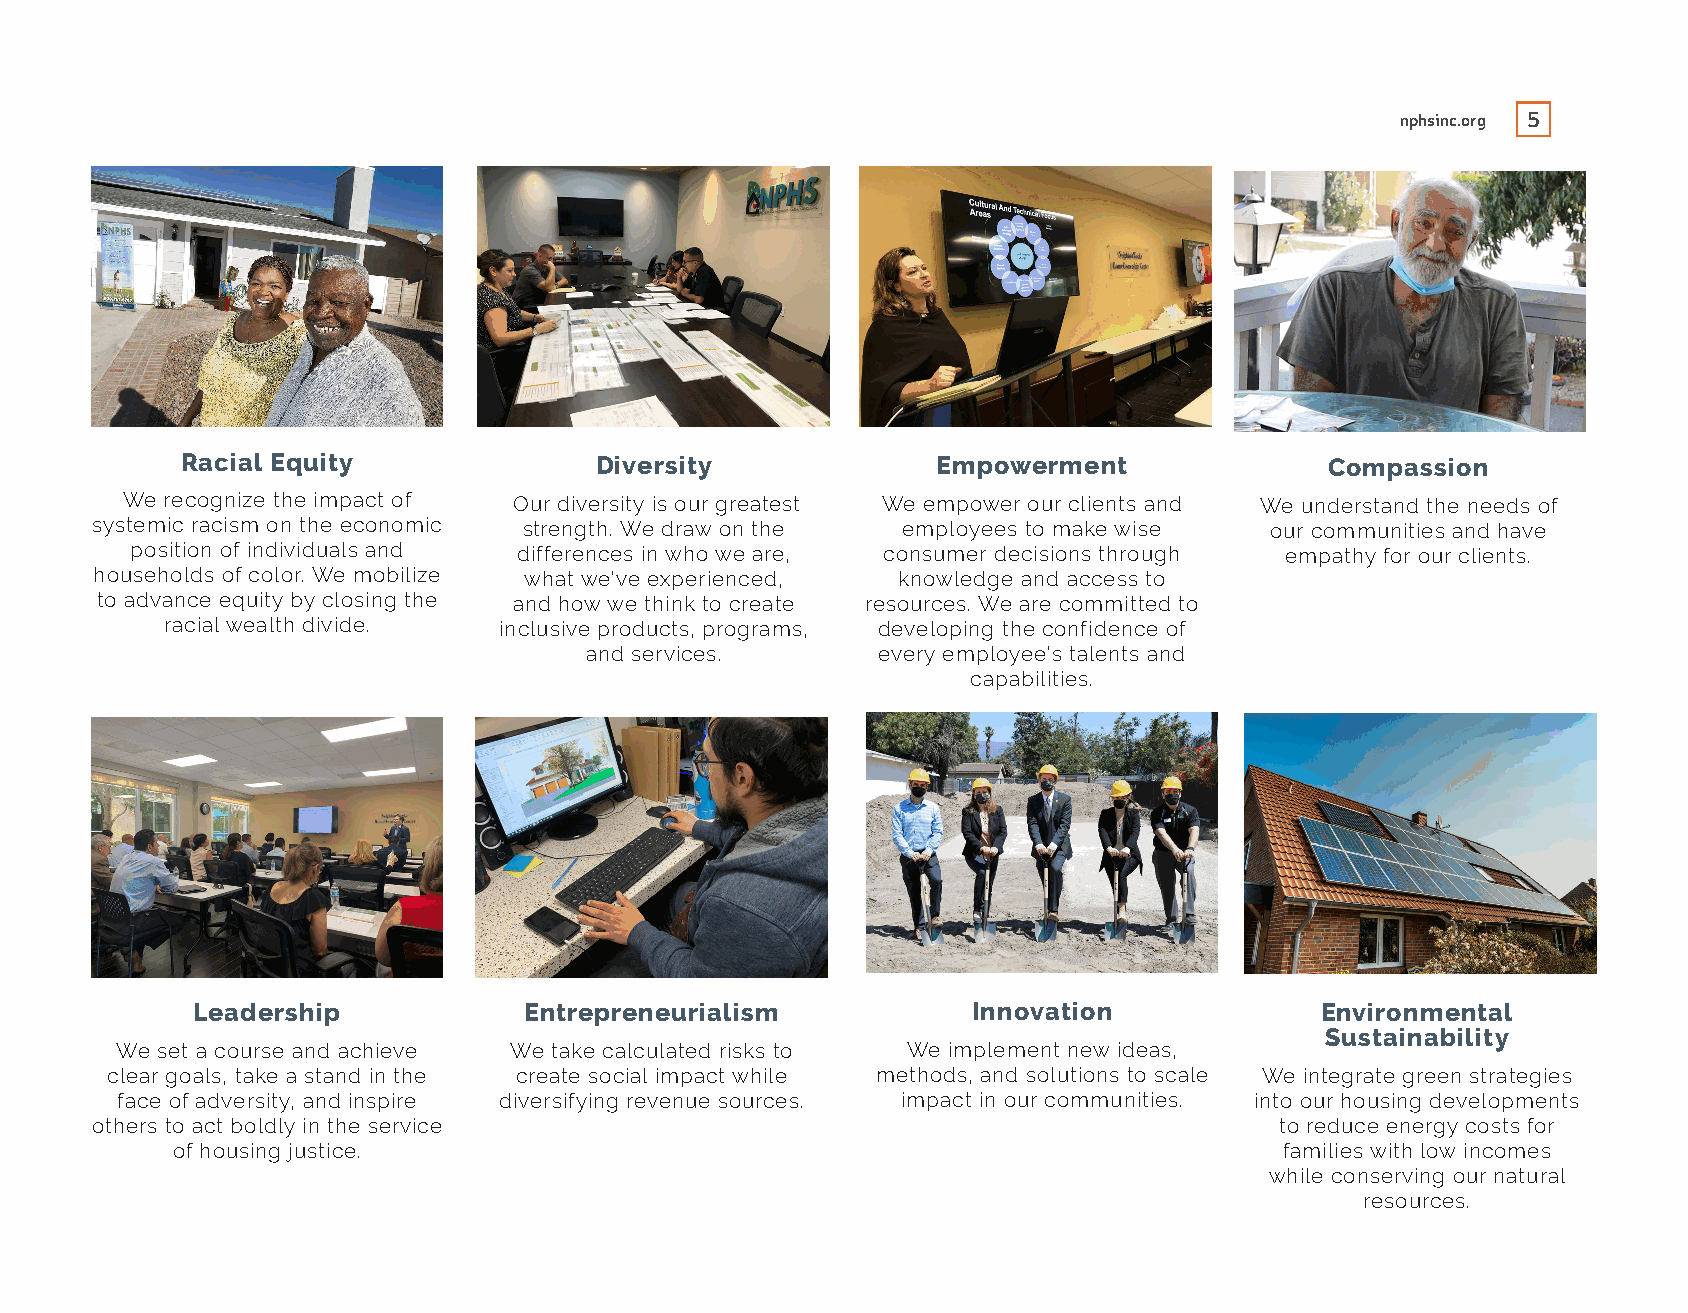
nphsinc.org 5
 Racial Equity              Diversity              Empowerment               Compassion
 We recognize the impact of Our diversity is our greatest We empower our clients and We understand the needs of
 systemic racism on the economic strength. We draw on the employees to make wise our communities and have
 position of individuals and differences in who we are, consumer decisions through empathy for our clients.
 households of color. We mobilize what we’ve experienced, knowledge and access to
 to advance equity by closing the and how we think to create resources. We are committed to
 racial wealth divide. inclusive products, programs, developing the confidence of
 and services.      every employee’s talents and
 capabilities.
 Leadership            Entrepreneurialism           Innovation             Environmental
 Sustainability
 We set a course and achieve We take calculated risks to We implement new ideas,
 clear goals, take a stand in the create social impact while methods, and solutions to scale We integrate green strategies
 face of adversity, and inspire diversifying revenue sources. impact in our communities. into our housing developments
 others to act boldly in the service                                            to reduce energy costs for
 of housing justice.                                                       families with low incomes
 while conserving our natural
 resources.